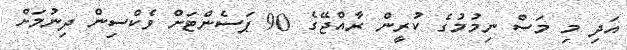
އަދި މި މަސް ނިމުމުގެ ކުރީން ރާއްޖޭގެ 90 ޕަސެންޓަށް ވެކްސިން ދިނުމަށް